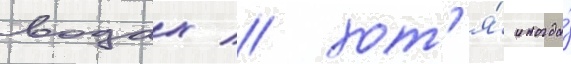
водах / хот'я́ иногда́